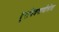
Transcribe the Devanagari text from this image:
दूरचित्रवाणीसेवा